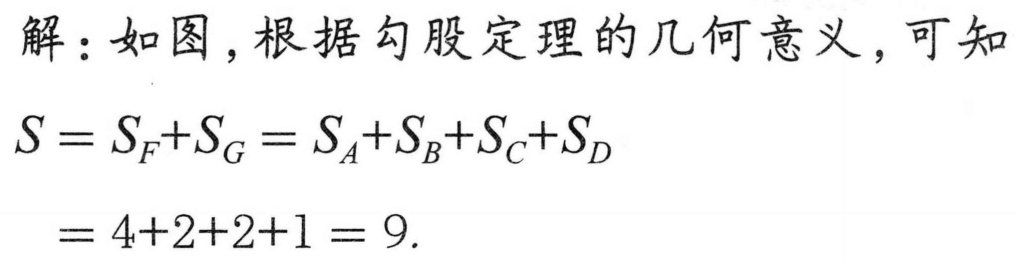
解：如图，根据勾股定理的几何意义，可知
\(S = S_{F}+S_{G}=S_{A}+S_{B}+S_{C}+S_{D}\)
\(=4 + 2+2 + 1=9.\)